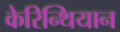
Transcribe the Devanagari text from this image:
केरिन्थियान